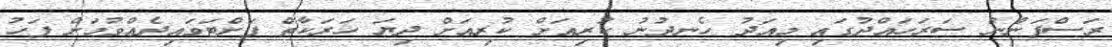
ރަސްފަންނު ސަރަހައްދުގައި މިއަދު ހެނދުނު ކުރިއަށް ކުރިއަށް ދިޔަ ހަރަކާތް ފަށްޓަވައިދެއްވުމަަށް ފަހު